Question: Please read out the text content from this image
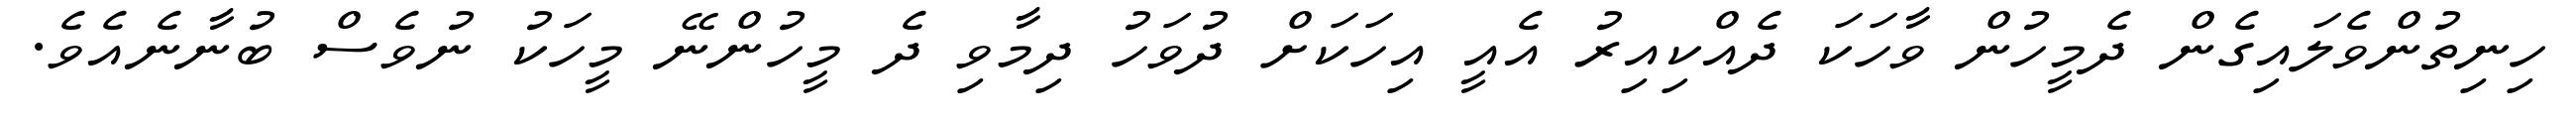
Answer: ހިނިތުންވެލައިގެން ދެމީހުން ވާހަކަ ދެއްކިއިރު އެއީ އިހަކަށް ދުވަހު ދިމާވި ދެ މީހުންނޭ މީހަކު ނުވެސް ބުނާނެއެވެ.